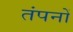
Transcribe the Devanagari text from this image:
तंपनों